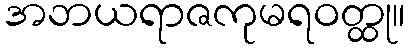
အဘယရာဇကုမရဝတ္ထု။